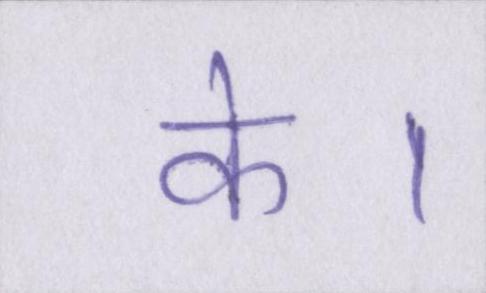
के।